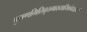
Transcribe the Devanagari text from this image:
पुराणमितिवृत्तमाख्यायिकोदाहरणं